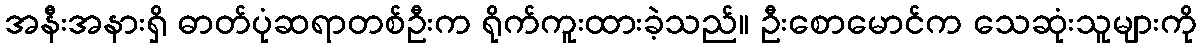
အနီးအနားရှိ ဓာတ်ပုံဆရာတစ်ဦးက ရိုက်ကူးထားခဲ့သည်။ ဦးစောမောင်က သေဆုံးသူများကို